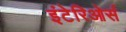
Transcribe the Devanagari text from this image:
इंटेरिओर्स